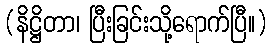
(နိဋ္ဌိတာ၊ ပြီးခြင်းသို့ရောက်ပြီ။)